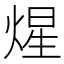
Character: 煋